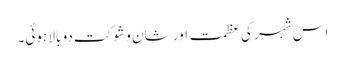
اس شہر کی عظمت اور شان و شوکت دو بالا ہوئی۔